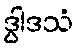
ဒွါဒသံ